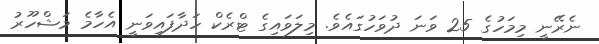
ނެރޭނީ މިމަހުގެ 25 ވަނަ ދުވަހުގައެވެ. މިލަވައިގެ ޓްރެކް ހަދާފައިވަނީ އެހާމެ މަޝްހޫރު